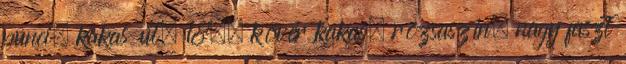
punci, kakas út, 18., kövér kakas, rózsaszín, nagy faszt